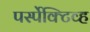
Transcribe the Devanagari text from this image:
पर्स्पेक्टिव्ह